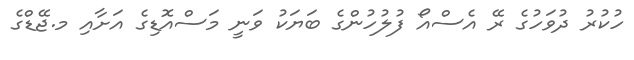
ހުކުރު ދުވަހުގެ ރޭ އެސްއޯ ފުލުހުންގެ ބަޔަކު ވަނީ މަސްއޮޑިގެ އަށާއި މ.ޖޭޑްގެ